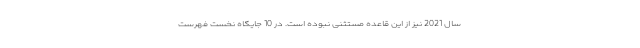
سال 2021 نیز از این قاعده مستثنی نبوده است. در 10 جایگاه نخست فهرست